Insane asylums in Bengal annual reports 1876-1887 - 1876-1887
Year: 1876
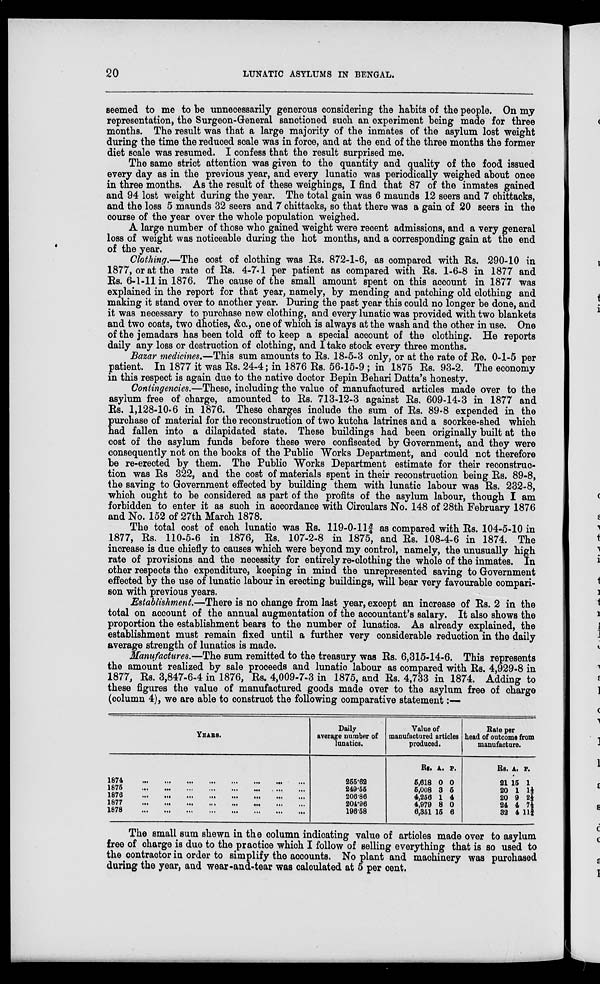
20
LUNATIC ASYLUMS IN BENGAL.
seemed to me to be unnecessarily generous considering the habits of the people. On my
representation, the Surgeon-General sanctioned such an experiment being made for three
months. The result was that a large majority of the inmates of the asylum lost weight
during the time the reduced scale was in force, and at the end of the three months the former
diet scale was resumed. I confess that the result surprised me.
The same strict attention was given to the quantity and quality of the food issued
every day as in the previous year, and every lunatic was periodically weighed about once
in three months. As the result of these weighings, I find that 87 of the inmates gained
and 94 lost weight during the year. The total gain was 6 maunds 12 seers and 7 chittacks,
and the loss 5 maunds 32 seers and 7 chittacks, so that there was a gain of 20 seers in the
course of the year over the whole population weighed.
A large number of those who gained weight were recent admissions, and a very general
loss of weight was noticeable during the hot months, and a corresponding gain at the end
of the year.
Clothing.—The cost of clothing was Rs. 872-1-6, as compared with Rs. 290-10 in
1877, or at the rate of Rs. 4-7-1 per patient as compared with Rs. 1-6-8 in 1877 and
Rs. 6-1-11 in 1876. The cause of the small amount spent on this account in 1877 was
explained in the report for that year, namely, by mending and patching old clothing and
making it stand over to another year. During the past year this could no longer be done, and
it was necessary to purchase new clothing, and every lunatic was provided with two blankets
and two coats, two dhoties, &c., one of which is always at the wash and the other in use. One
of the jemadars has been told off to keep a special account of the clothing. He reports
daily any loss or destruction of clothing, and I take stock every three months.
Bazar medicines.—This sum amounts to Rs. 18-5-3 only, or at the rate of Re. 0-1-5 per
patient. In 1877 it was Rs. 24-4; in 1876 Rs. 56-15-9 ; in 1875 Rs. 93-2. The economy
in this respect is again due to the native doctor Bepin Behari Datta's honesty.
Contingencies.—These, including the value of manufactured articles made over to the
asylum free of charge, amounted to Rs. 713-12-3 against Rs. 609-14-3 in 1877 and
Rs. 1,128-10-6 in 1876. These charges include the sum of Rs. 89-8 expended in the
purchase of material for the reconstruction of two kutcha latrines and a soorkee-shed which
had fallen into a dilapidated state. These buildings had been originally built at the
cost of the asylum funds before these were confiscated by Government, and they were
consequently not on the books of the Public Works Department, and could not therefore
be re-erected by them. The Public Works Department estimate for their reconstruc
tion was Rs 322, and the cost of materials spent in their reconstruction being Rs. 89-8,
the saving to Government effected by building them with lunatic labour was Rs. 232-8,
which ought to be considered as part of the profits of the asylum labour, though I am
forbidden to enter it as such in accordance with Circulars No. 148 of 28th February 1876
and No. 152 of 27th March 1878.
The total cost of each lunatic was Rs. 119-0-11¾ as compared with Rs. 104-5-10 in
1877, Rs. 110-5-6 in 1876, Rs. 107-2-8 in 1875, and Rs. 108-4-6 in 1874. The
increase is due chiefly to causes which were beyond my control, namely, the unusually high
rate of provisions and the necessity for entirely re-clothing the whole of the inmates. In
other respects the expenditure, keeping in mind the unrepresented saving to Government
effected by the use of lunatic labour in erecting buildings, will bear very favourable compari
son with previous years.
Establishment—There is no change from last year, except an increase of Rs. 2 in the
total on account of the annual augmentation of the accountant's salary. It also shows the
proportion the establishment bears to the number of lunatics. As already explained, the
establishment must remain fixed until a further very considerable reduction in the daily
average strength of lunatics is made.
Manufactures.—The sum remitted to the treasury was Rs. 6,315-14-6. This represents
the amount realized by sale proceeds and lunatic labour as compared with Rs. 4,929-8 in
1877, Rs. 3,847-6-4 in 1876, Rs. 4,009-7-3 in 1875, and Rs. 4,733 in 1874. Adding to
these figures the value of manufactured goods made over to the asylum free of charge
(column 4), we are able to construct the following comparative statement:—
YEARS.
1874 ... ... ... ... ... ... ... ...
1875
...
...
...
...
...
...
... ...
1876
...
...
...
...
...
...
...
1877
...
...
...
...
...
...
...
...
1878
...
...
...
...
...
...
...
...
Daily
average number of
lunatics.
255.62
249.55
206.86
204.96
196.58
Value of
manufactured articles
produced.
Rs.
5,618
5,008
4,256
4,979
6,351
A.
0
3
1
8
15
P.
0
5
4
0
6
Rate per
head of outcome from
manufacture.
Rs.
21
20
20
24
32
A.
15
1
9
4
4
P.
1
1⅓
2⅓
7½
11¾
The small sum shewn in the column indicating value of articles made over to asylum
free of charge is due to the practice which I follow of selling everything that is so used to
the contractor in order to simplify the accounts. No plant and machinery was purchased
during the year, and wear-and-tear was calculated at 5 per cent.